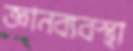
জ্ঞানব্যবস্থা